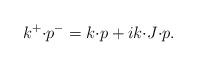
LaTeX: \begin{align*}k^+ {\cdot} p^- = k {\cdot} p + i k {\cdot} J {\cdot} p.\end{align*}